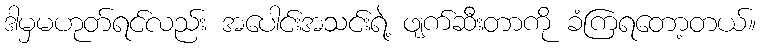
ဒါမှမဟုတ်ရင်လည်း အပေါင်းအသင်းရဲ့ ဖျက်ဆီးတာကို ခံကြရတော့တယ်။